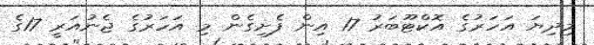
މިދިޔަ އަހަރުގެ އޮކްޓޫބަރު 17 އިން ފެށިގެން މި އަހަރުގެ ޖެނުއަރީ 17ގެ